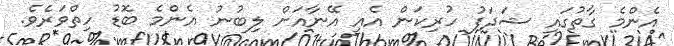
އެންމެ ގާތުގައި ޝަދަފު ހުރިކަން އެއީ އޭނާއަށް ލިބުނު އެންމެ ބޮޑު ހިތްވަރެވެ.